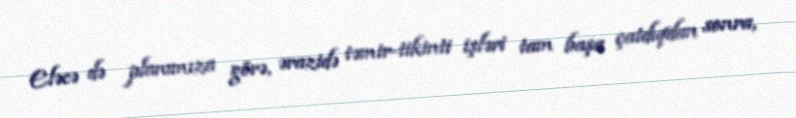
Eləcə də planımıza görə, ərazidə təmir-tikinti işləri tam başa çatdıqdan sonra,